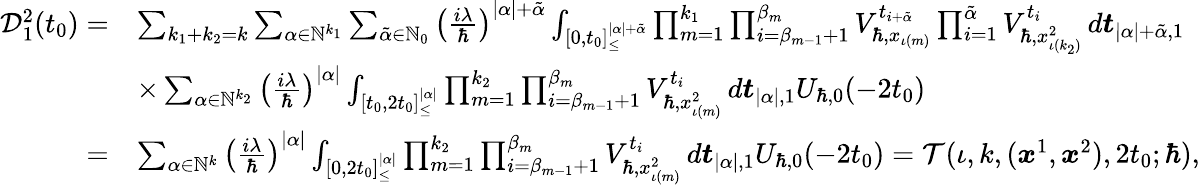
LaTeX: \begin{array}{rl}{\mathcal{D}_{1}^{2}(t_{0})=}&{\sum_{k_{1}+k_{2}=k}\sum_{\alpha\in\mathbb{N}^{k_{1}}}\sum_{\tilde{\alpha}\in\mathbb{N}_{0}}\left(\frac{i\lambda}{\hbar}\right)^{|\alpha|+\tilde{\alpha}}\int_{[0,t_{0}]_{\leq}^{|\alpha|+\tilde{\alpha}}}\prod_{m=1}^{k_{1}}\prod_{i=\beta_{m-1}+1}^{\beta_{m}}V_{\hbar,x_{\iota(m)}}^{t_{i+\tilde{\alpha}}}\prod_{i=1}^{\tilde{\alpha}}V_{\hbar,x_{\iota(k_{2})}^{2}}^{t_{i}}\, d\boldsymbol{t}_{|\alpha|+\tilde{\alpha},1}}\\ &{\times\sum_{\alpha\in\mathbb{N}^{k_{2}}}\left(\frac{i\lambda}{\hbar}\right)^{|\alpha|}\int_{[t_{0},2t_{0}]_{\leq}^{|\alpha|}}\prod_{m=1}^{k_{2}}\prod_{i=\beta_{m-1}+1}^{\beta_{m}}V_{\hbar,x_{\iota(m)}^{2}}^{t_{i}}\, d\boldsymbol{t}_{|\alpha|,1}U_{\hbar,0}(-2t_{0})}\\ {=}&{\sum_{\alpha\in\mathbb{N}^{k}}\left(\frac{i\lambda}{\hbar}\right)^{|\alpha|}\int_{[0,2t_{0}]_{\leq}^{|\alpha|}}\prod_{m=1}^{k_{2}}\prod_{i=\beta_{m-1}+1}^{\beta_{m}}V_{\hbar,x_{\iota(m)}^{2}}^{t_{i}}\, d\boldsymbol{t}_{|\alpha|,1}U_{\hbar,0}(-2t_{0})=\mathcal{T}(\iota,k,(\boldsymbol{x}^{1},\boldsymbol{x}^{2}),2t_{0};\hbar),}\end{array}